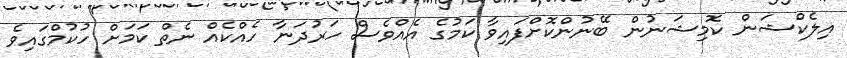
އިލެކްޝަން ކޮމިޝަނުން ބޭނުންކޮށްފައިވާ ކަމުގެ އެއްވެސް ހަރުދަނާ ހެއްކެއް ނެތް ކަމަށް ހުކުމްގައިވެ